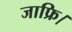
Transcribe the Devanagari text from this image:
जाफ्रि।